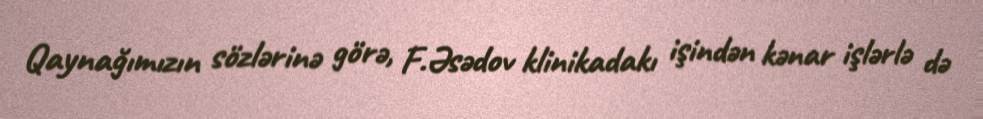
Qaynağımızın sözlərinə görə, F.Əsədov klinikadakı işindən kənar işlərlə də